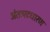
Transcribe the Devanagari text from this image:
अंतःपटधारण